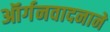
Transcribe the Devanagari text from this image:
ऑर्गनवादनाने